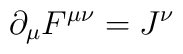
\partial_\mu F^{\mu\nu}=J^\nu